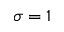
\sigma = 1